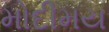
મોદીમય